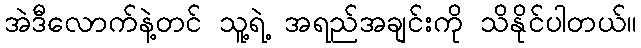
အဲဒီလောက်နဲ့တင် သူ့ရဲ့ အရည်အချင်းကို သိနိုင်ပါတယ်။